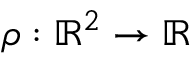
\rho : \mathbb { R } ^ { 2 } \to \mathbb { R }